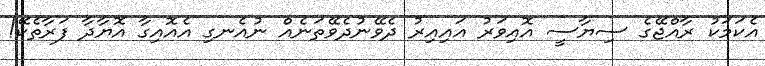
އެކަމަކު ރާއްޖޭގެ ސިޔާސީ އޮއިވަރު އައިއިރު ދެވޭނުދެވޭތަނެއް ނުއެނގި އެއޮއިގާ އޮޔާދާ ފަރާތެކޭ!